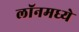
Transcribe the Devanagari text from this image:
लॉनमध्ये